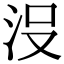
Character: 𣳚